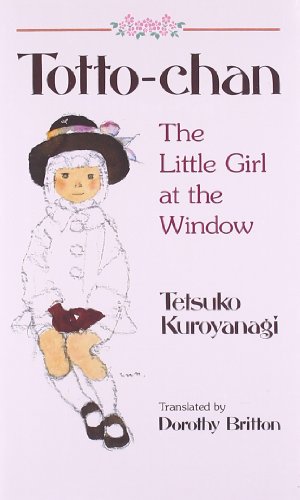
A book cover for Totto-Chan: The Little Girl at the Window; Tetsuko Kuroyanagi; Biographies & Memoirs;